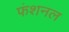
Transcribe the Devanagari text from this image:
फंशनल